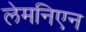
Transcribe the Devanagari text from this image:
लेमनिएन